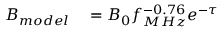
\begin{array} { r l } { B _ { m o d e l } } & { { } = B _ { 0 } f _ { M H z } ^ { - 0 . 7 6 } e ^ { - \tau } } \end{array}